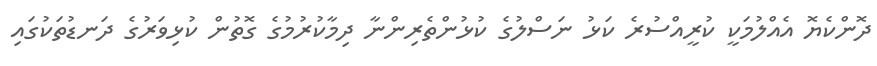
ދޮންކެޔޮ އެއްލުމަކީ ކުރީއްސުރެ ކަޅު ނަސްލުގެ ކުޅުންތެރިންނާ ދިމާކުރުމުގެ ގޮތުން ކުޅިވަރުގެ ދަނޑުތަކުގައި